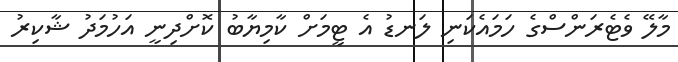
މާލޭ ވެޓެރަންސްގެ ހަމައެކަނި ލަނޑު އެ ޓީމަށް ކާމިޔާބު ކޮށްދިނީ އަހުމަދު ޝާކިރު